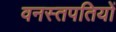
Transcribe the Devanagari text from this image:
वनस्तपतियों